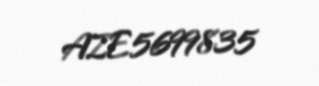
AZE5699835